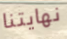
نهايتنا